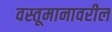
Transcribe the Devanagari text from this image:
वस्तूमानावरील